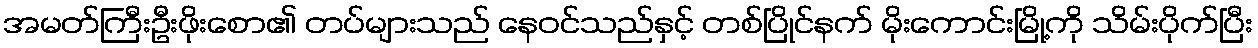
အမတ်ကြီးဦးဖိုးစော၏ တပ်များသည် နေဝင်သည်နှင့် တစ်ပြိုင်နက် မိုးကောင်းမြို့ကို သိမ်းပိုက်ပြီး